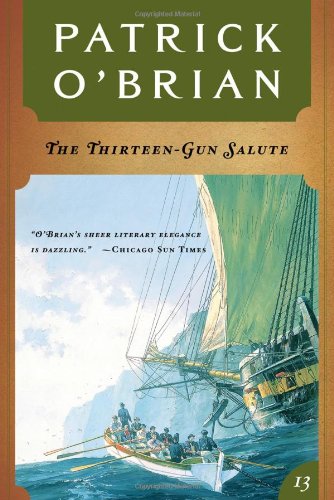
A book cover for The Thirteen-Gun Salute: Aubrey/Maturin; Patrick O'Brian; Literature & Fiction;